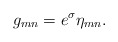
\begin{align*}g_{mn} = e^\sigma \eta_{mn}.\end{align*}